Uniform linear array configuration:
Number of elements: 24
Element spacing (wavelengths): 0.5
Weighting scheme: kaiser
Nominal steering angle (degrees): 60
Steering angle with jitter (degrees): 59.124
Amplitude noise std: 0.05
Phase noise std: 0.05

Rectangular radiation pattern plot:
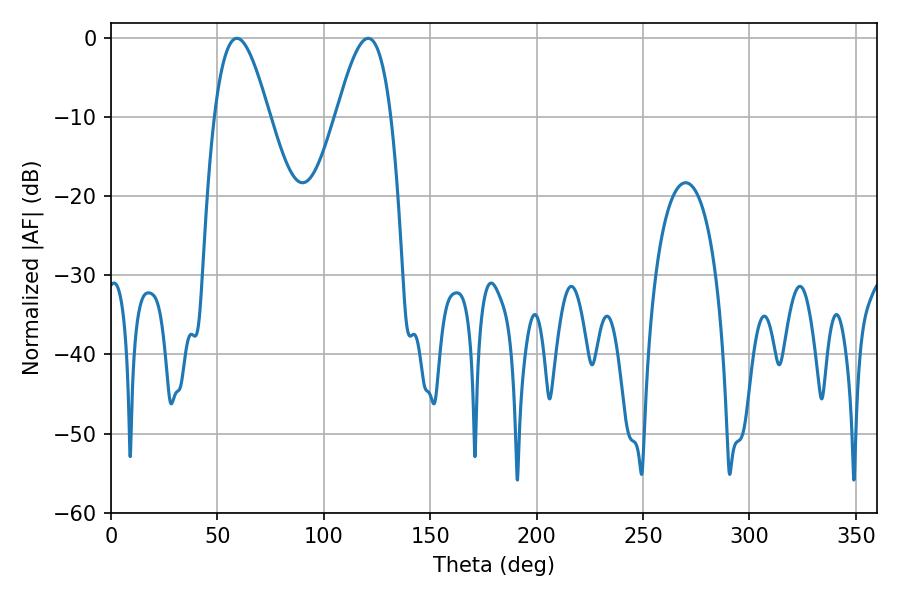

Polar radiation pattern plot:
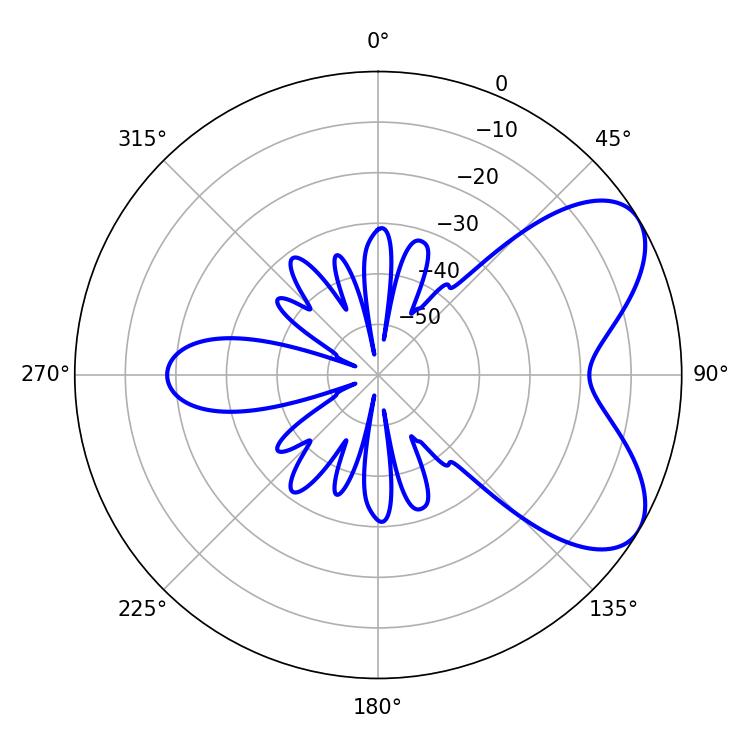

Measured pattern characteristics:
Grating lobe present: FALSE
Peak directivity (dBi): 6.36
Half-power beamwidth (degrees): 13.86
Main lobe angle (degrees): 120.78